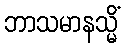
ဘာသမာနသ္မိံ